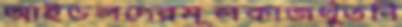
আইডলদেরমূলকাজথুঁতনি